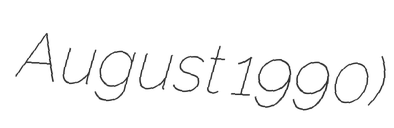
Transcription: August 1990)